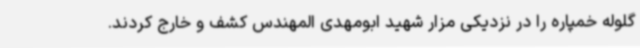
گلوله خمپاره را در نزدیکی مزار شهید ابومهدی المهندس کشف و خارج کردند.